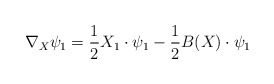
\begin{align*}\nabla_X\psi_1=\frac{1}{2}X_1\cdot\psi_1-\frac{1}{2}B(X)\cdot\psi_1\end{align*}